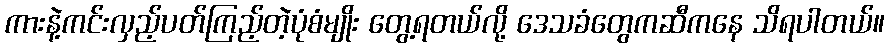
ကားနဲ့ကင်းလှည့်ပတ်ကြည့်တဲ့ပုံစံမျိုး တွေ့ရတယ်လို့ ဒေသခံတွေကဆီကနေ သိရပါတယ်။